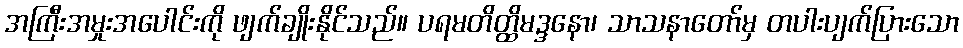
အကြီးအမှုးအပေါင်းကို ဖျက်ချိုးနိုင်သည်။ ပရမတိတ္ထိမဒ္ဒနော၊ သာသနာတော်မှ တပါးပျက်ပြားသော